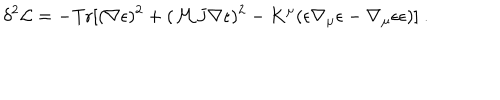
LaTeX: \delta ^ { 2 } { \cal L } = - \mathrm { T r } [ ( \nabla \epsilon ) ^ { 2 } + ( { \cal M } J \nabla \epsilon ) ^ { 2 } - K ^ { \mu } ( \epsilon \nabla _ { \mu } \epsilon - \nabla _ { \mu } \epsilon \epsilon ) ] \ .